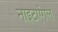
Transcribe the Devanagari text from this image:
नाइटएंगल